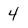
Character: 4